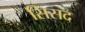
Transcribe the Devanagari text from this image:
सिसद